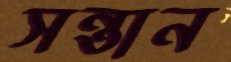
সন্তান